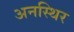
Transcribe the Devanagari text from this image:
अनस्थिर